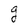
Character: g